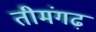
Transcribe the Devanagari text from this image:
तीमंगढ़